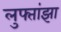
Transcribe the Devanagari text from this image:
लुफ्तांझा